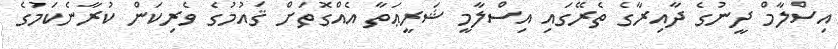
އިސްލާމް ދީނުގެ ދާއިރާގެ ތެރޭގައި އިސްލާމީ ޝަރީޢަތާ އެއްގޮތަށް ޤައުމުގެ ވެރިކަން ކުރާނެކަމުގެ